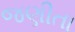
જણીતા